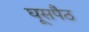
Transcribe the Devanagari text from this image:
घूसपैठ